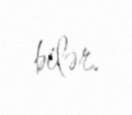
bilər.